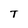
Character: T